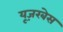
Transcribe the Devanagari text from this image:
यूज़रबेस